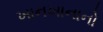
ખાનખાનાનો